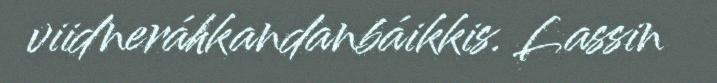
viidneráhkandanbáikkis. Lassin